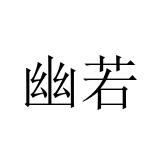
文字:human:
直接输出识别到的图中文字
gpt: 幽若